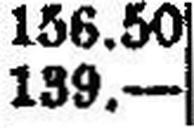
139.—